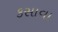
કસાવા